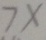
7 x